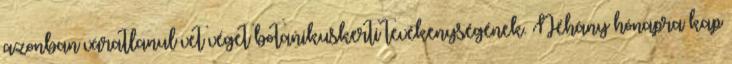
azonban váratlanul vet véget botanikuskerti tevékenységének. Néhány hónapra kap